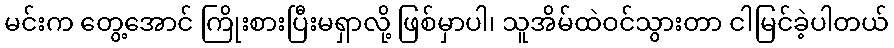
မင်းက တွေ့အောင် ကြိုးစားပြီးမရှာလို့ ဖြစ်မှာပါ၊ သူအိမ်ထဲဝင်သွားတာ ငါမြင်ခဲ့ပါတယ်